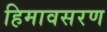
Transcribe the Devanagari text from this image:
हिमावसरण